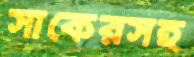
সাকেরসহ